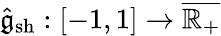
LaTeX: \hat{\mathfrak{g}}_{\mathrm{sh}}:[-1,1]\to\overline{{\mathbb{R}_{+}}}